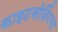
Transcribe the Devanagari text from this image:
काइटबोर्डिंगचा